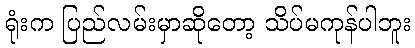
ရုံးက ပြည်လမ်းမှာဆိုတော့ သိပ်မကုန်ပါဘူး